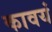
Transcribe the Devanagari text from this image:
कावयं